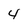
Character: 4